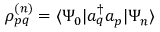
\rho _ { p q } ^ { ( n ) } = \langle \Psi _ { 0 } | a _ { q } ^ { \dagger } a _ { p } | \Psi _ { n } \rangle